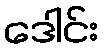
ဒေါင်း